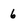
Character: 6